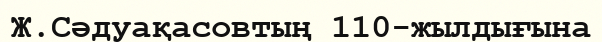
Ж.Сәдуақасовтың 110-жылдығына